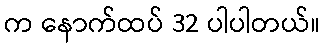
က နောက်ထပ် 32 ပါပါတယ်။